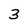
Character: 3